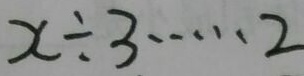
x \div 3 \cdots 2